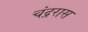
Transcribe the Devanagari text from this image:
चंद्ररास